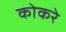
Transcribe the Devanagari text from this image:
कोकरे